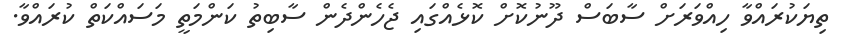
ތިޔަކުރައްވާ ހިއްވަރަށް ސާބަސް ދޫނުކޮށް ކޮޅެއްގައި ޖެހެންދެން ސާބިތު ކަންމަތީ މަސައްކަތް ކުރައްވާ.